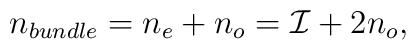
n_{bundle}=n_e+n_o={\cal I}+2n_o,